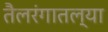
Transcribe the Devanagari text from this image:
तैलरंगातल्या